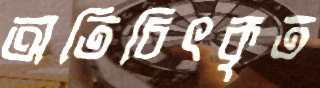
অতিচিৎকৃত